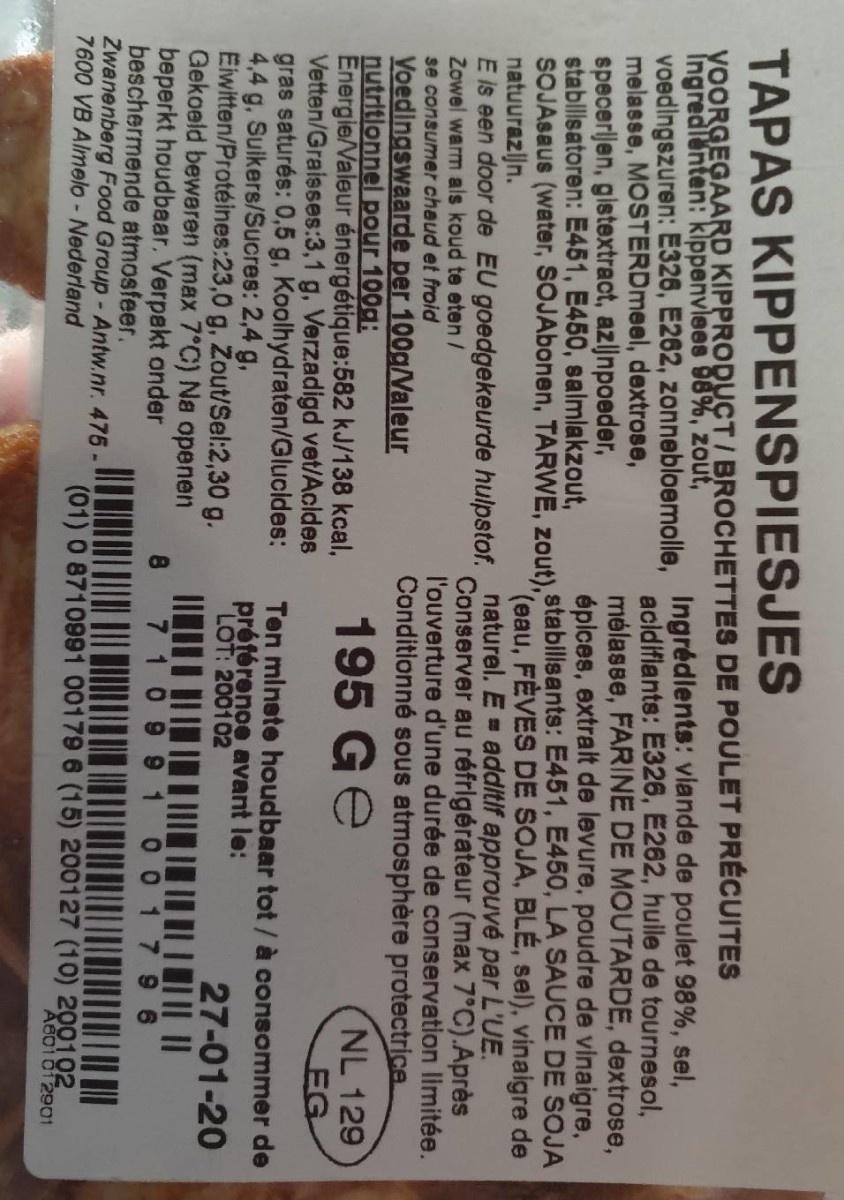
TAPAS KIPPENSPIESJES YOORGEGAARD KIPPRODUCT/ BROCHETTES DE POULET PRÉCUITES Ingredlenten: kippenvlees 98%, zout, voedingszuren: E326, E262, zonnebloemolle, Ingrédlents: viande de poulet 98%, sel, melasse, MOSTERDmeel, dextrose, specerijen, glstextract, azljnpoeder, stablisatoren: E451, E450, salmlakzout, SOJAsaus (water, SOJAbonen, TARWE, zout), stabllsants: E451, E450, LA SAUCE DE SOJA natuurazljn. E is een door de EU goedgekeurde hulpstof. naturel. E = additif approuvé par L'UE. Zowel warm als koud te eten/ se consumer cheud et froid Voedingswaarde per 100g/Valeur nutritionnel pour 100g: Energie/Valeur énergétique:582 kJ/138 kcal, Vetten/Graisses:3,1 g, Verzadigd vet/Acldes gras saturés: 0,5 g, Koolhydraten/Glucides: 4,4 g, Suikers/Sucres: 2,4 g, Eiwitten/Protéines:23,0 g, Zout/Sel:2,30 g. Gekoeld bewaren (max 7°C) Na openen beperkt houdbaar. Verpakt onder beschermende atmosfeer. Zwanenberg Food Group- Antw.nr. 475- 7600 VB Almelo- Nederland acidiflants: E326, E262, huile de tournesol, mélasse, FARINE DE MOUTARDE, dextrose, épices, extralt de levure, poudre de vinaigre, (eau, FEVES DE SOJA, BLÉ, sel), vinaigre de Conserver au réfrigérateur (max 7°C).Après l'ouverture d'une durée de conservation limitée. Conditionné sous atmosphère protectrice NL 129 195 Ge EG Ten minete houdbaar tot / à consommer de préférenoe avant le: LOT: 200102 27-01-20 7 109 9 1 00 1 7 6 (01) 0 8710991 00179 6 (15) 200127 (10) 200102 A601012901